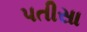
પતીસા